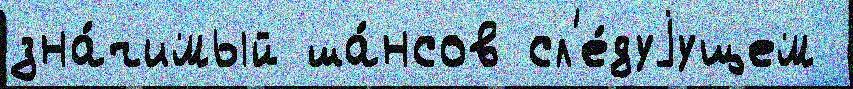
зна́чимый ша́нсов сл'е́дуjущем